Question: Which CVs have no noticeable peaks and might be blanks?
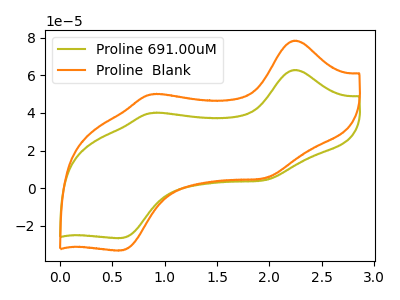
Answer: <think>The olive curve "Proline 691.00uM" has anodic peaks at (2.25V, 62.85uA) (0.90V, 40.00uA) and cathodic peaks at (1.95V, 4.30uA) (0.60V, -26.45uA). The orange curve "Proline  Blank" has anodic peaks at (2.25V, 78.40uA) (0.90V, 49.90uA) and cathodic peaks at (1.95V, 5.35uA) (0.60V, -33.05uA).</think>
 <answer>There are not any CV's on this graph that are likely to be blanks.</answer>
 <eval>none</eval>